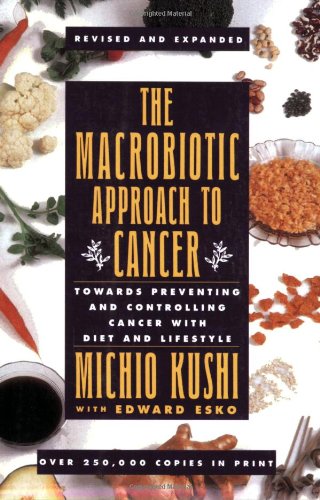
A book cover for Macrobiotic Approach to Cancer; Michio Kushi; Health, Fitness & Dieting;